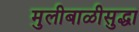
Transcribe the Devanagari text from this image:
मुलीबाळीसुद्धा